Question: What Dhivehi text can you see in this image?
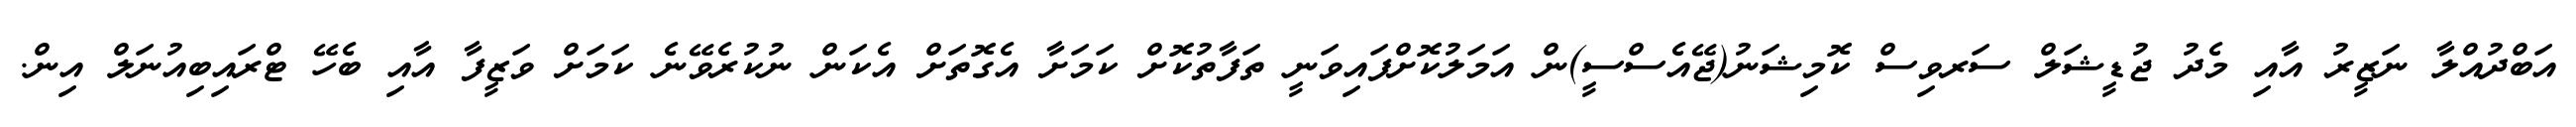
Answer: އަބްދުއްލާ ނަޒީރު އާއި މެދު ޖުޑީޝަލް ސަރވިސް ކޮމިޝަނު(ޖޭއެސްސީ)ން އަމަލުކޮށްފައިވަނީ ތަފާތުކޮށް ކަމަށާ އެގޮތަށް އެކަން ނުކުރެވޭނެ ކަމަށް ވަޒީފާ އާއި ބެހޭ ޓްރައިބިއުނަލް އިން.